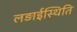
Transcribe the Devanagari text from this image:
लड़ाईस्थिति